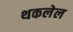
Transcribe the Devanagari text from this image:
थकलेल